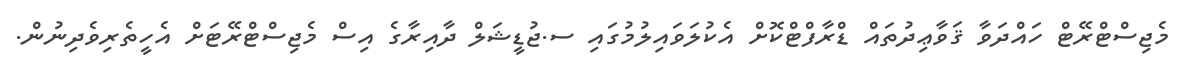
މެޖިސްޓްރޭޓް ހައްދަވާ ޤަވާޢިދުތައް ޑްރާފްޓްކޮށް އެކުލަވައިލުމުގައި ސ.ޖުޑީޝަލް ދާއިރާގެ އިސް މެޖިސްޓްރޭޓަށް އެހީތެރިވެދިނުން.